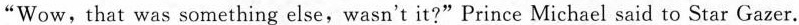
"Wow, that was something else, wasn't it?"Prince Michael said to Star Gazer.